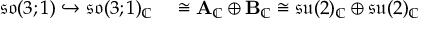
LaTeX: \begin{array} { r l } { { \mathfrak { s o } } ( 3 ; 1 ) \hookrightarrow { \mathfrak { s o } } ( 3 ; 1 ) _ { \mathbb { C } } } & { { } \cong \mathbf { A } _ { \mathbb { C } } \oplus \mathbf { B } _ { \mathbb { C } } \cong { \mathfrak { s u } } ( 2 ) _ { \mathbb { C } } \oplus { \mathfrak { s u } } ( 2 ) _ { \mathbb { C } } } \end{array}